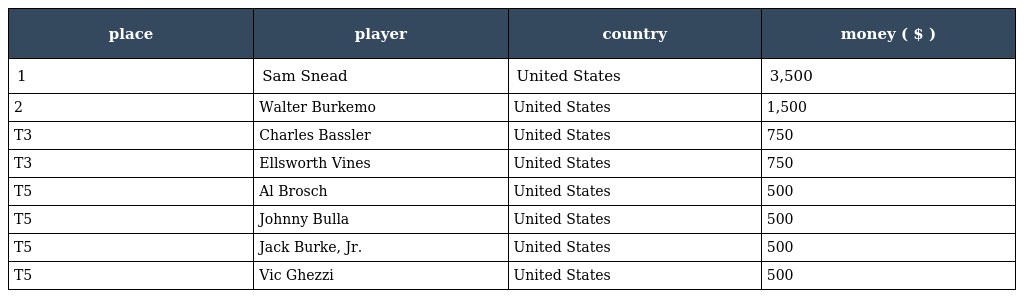
| place | player | country | money ( $ ) |
 | --- | --- | --- | --- |
 | 1 | Sam Snead | United States | 3,500 |
 | 2 | Walter Burkemo | United States | 1,500 |
 | T3 | Charles Bassler | United States | 750 |
 | T3 | Ellsworth Vines | United States | 750 |
 | T5 | Al Brosch | United States | 500 |
 | T5 | Johnny Bulla | United States | 500 |
 | T5 | Jack Burke, Jr. | United States | 500 |
 | T5 | Vic Ghezzi | United States | 500 |